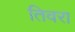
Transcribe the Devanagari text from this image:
तिवरा